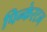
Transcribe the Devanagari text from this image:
पिन्केरटन